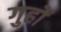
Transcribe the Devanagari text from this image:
गुहों